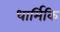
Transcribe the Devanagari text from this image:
धार्मिकि